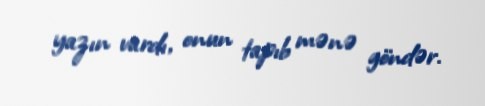
yazın vardı, onun tapıb mənə göndər.